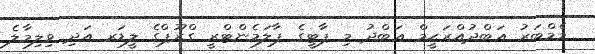
މެމްބަރު ޢަބްދުއްރަޙީމް ޢަބްދު މި ޕާޓީގެ ޕާލަމެންޓްރީ ގްރޫޕްގެ ލީޑަރ އަދި ވިލިމާލެ